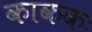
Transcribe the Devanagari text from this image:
काककः